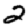
Digit: 2